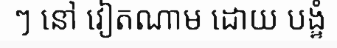
ៗ នៅ វៀតណាម ដោយ បង្ខំ